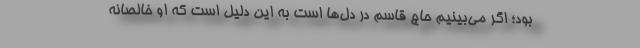
بود؛ اگر می‌بینیم حاج قاسم در دل‌ها است به این دلیل است که او خالصانه